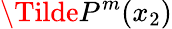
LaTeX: \Tilde{P}^{m}(x_{2})